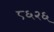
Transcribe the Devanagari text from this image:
८६२६